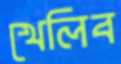
খেলিব